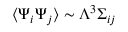
\langle \Psi _ { i } \Psi _ { j } \rangle \sim \Lambda ^ { 3 } \Sigma _ { i j }